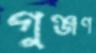
গুঞ্জণ